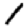
Digit: 1